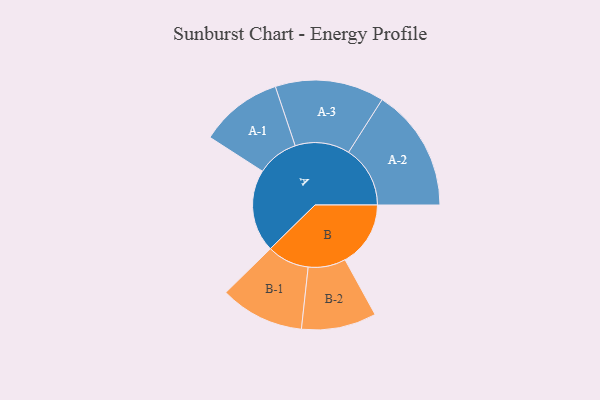
{"axis": {"x": "Segment", "y": "Value"}, "legend": ["", "A", "B"], "data": [{"x": "A", "y": 377, "type": ""}, {"x": "B", "y": 299, "type": ""}, {"x": "A-1", "y": 189, "type": "A"}, {"x": "A-2", "y": 281, "type": "A"}, {"x": "A-3", "y": 249, "type": "A"}, {"x": "B-1", "y": 192, "type": "B"}, {"x": "B-2", "y": 171, "type": "B"}]}